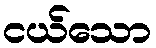
ငယ်သော